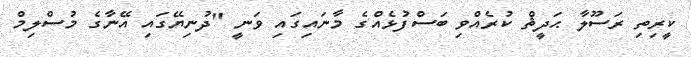
ކީރިތި ރަސޫލާ ޙަދީޘް ކުރެއްވި ބަސްފުޅެއްގެ މާނައިގައި ވަނީ "ދުނިޔޭގައި އޭނާގެ މުސްލިމް